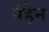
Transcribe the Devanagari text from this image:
पेहेन